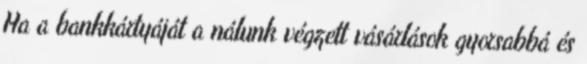
Ha a bankkártyáját a nálunk végzett vásárlások gyorsabbá és